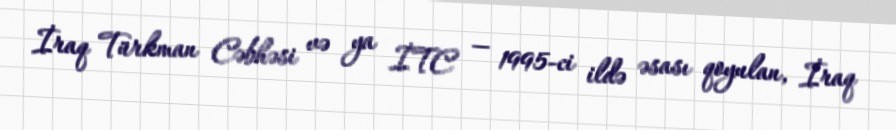
İraq Türkman Cəbhəsi və ya İTC — 1995-ci ildə əsası qoyulan, İraq